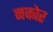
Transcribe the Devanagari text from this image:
नकोर